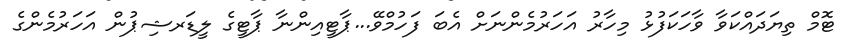
ޓޮމް ތިޔަދައްކަވާ ވާހަކަފުޅު މިހާރު އަހަރުމެންނަށް އެބަ ފަހުމްވޭ...ޕާޓީއިންނާ ޕާޓީގެ ލީޑަރޝިޕުން އަހަރުމެންގެ